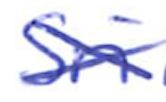
Text: Sri
Cross-out: cross
Writing tool: ballpoint